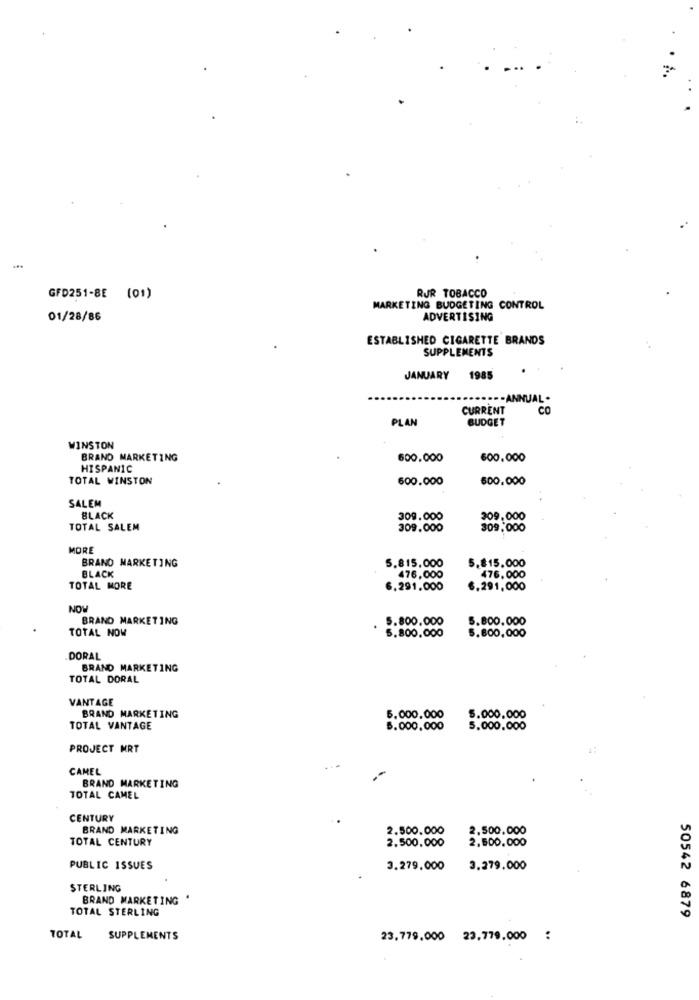
. >
RJR TOBACCO
GFD251-8E (01)
MARKETING BUDGETING CONTROL
01/28/86
ADVERTISING
ESTABLISHED CIGARETTE BRANDS
SUPPLEMENTS
JANUARY 1985
CURRENT
co
PLAN
BUDGET
WINSTON
BRAND MARKETING
600.000
600.000
HISPANIC
TOTAL WINSTON
600.000
600.000
SALEM
BLACK
309.000
309.000
TOTAL SALEM
309.000
309.000
MORE
BRAND MARKETING
5.815,000
5.815.000
BLACK
476,000
476.000
TOTAL MORE
6.291.000
6.291,000
NOW
BRAND MARKETING
5.800.000
5.800.000
TOTAL NOW
5.800,000
5.800,000
DORAL
BRAND MARKETING
TOTAL DORAL
VANTAGE
BRAND MARKETING
5.000.000
5.000.000
TOTAL VANTAGE
5.000,000
5.000.000
PROJECT MRT
CAMEL
BRAND MARKETING
TOTAL CAMEL
CENTURY
BRAND MARKETING
2.500.000
2.500.000
TOTAL CENTURY
2.500.000
2.500.000
PUBLIC ISSUES
3.279,000
3.279.000
STERLING
BRAND MARKETING
TOTAL STERLING
50542 6879
TOTAL
SUPPLEMENTS
23,779.000 23,779.000 :